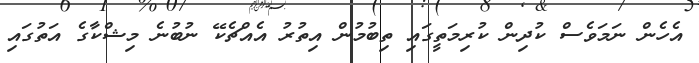
އެހެން ނަމަވެސް ކުދިން ކުރިމަތީގައި ތިބުމުން އިތުރު އެއްޗެކޭ ނުބުނެ މިޝްކާގެ އަތުގައި